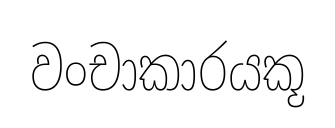
වංචාකාරයකූ